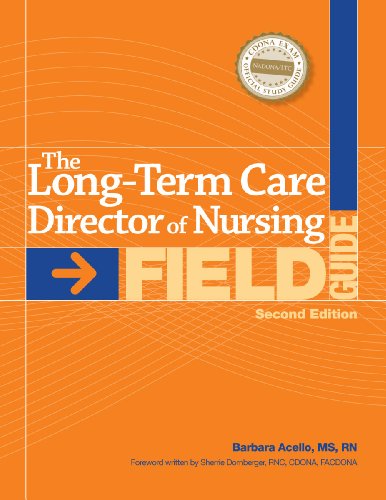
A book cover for The Long-Term Care Director of Nursing Field Guide, Second Edition; Barbara Acello MS RN; Medical Books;